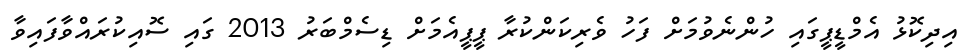
އިދިކޮޅު އެމްޑީޕީގައި ހުންނެވުމަށް ފަހު ވެރިކަންކުރާ ޕީޕީއެމަށް ޑިސެމްބަރު 2013 ގައި ސޮއިކުރައްވާފައިވާ